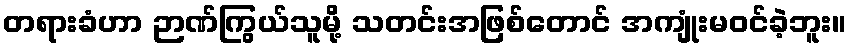
တရားခံဟာ ဉာဏ်ကြွယ်သူမို့ သတင်းအဖြစ်တောင် အကျုံးမဝင်ခဲ့ဘူး။